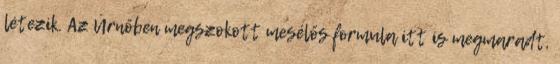
létezik. Az Úrnőben megszokott mesélős formula itt is megmaradt,